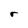
Character: r